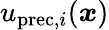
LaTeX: u_{\mathrm{prec},i}(\boldsymbol{x})